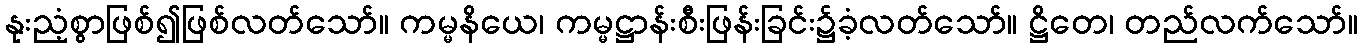
နုးညံ့စွာဖြစ်၍ဖြစ်လတ်သော်။ ကမ္မနိယေ၊ ကမ္မဋ္ဌာန်းစီးဖြန်းခြင်း၌ခံ့လတ်သော်။ ဋ္ဌိတေ၊ တည်လက်သော်။